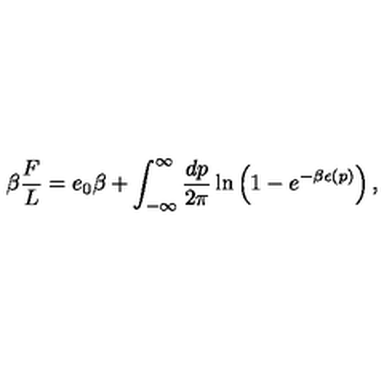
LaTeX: \beta { \frac { F } { L } } = e _ { 0 } \beta + \int _ { - \infty } ^ { \infty } { \frac { d p } { 2 \pi } } \ln \left( 1 - e ^ { - \beta \epsilon ( p ) } \right) ,